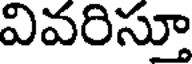
వివరిస్తూ